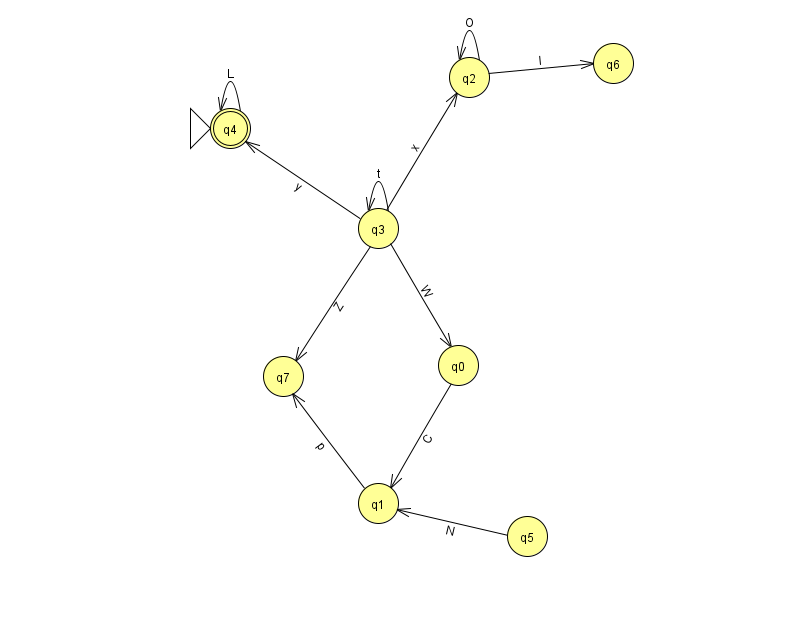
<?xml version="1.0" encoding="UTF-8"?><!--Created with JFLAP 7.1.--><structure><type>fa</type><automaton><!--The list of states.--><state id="0" name="q0"><x>458.0</x><y>352.0</y></state><state id="1" name="q1"><x>378.0</x><y>490.0</y></state><state id="2" name="q2"><x>469.0</x><y>64.0</y></state><state id="3" name="q3"><x>378.0</x><y>215.0</y></state><state id="4" name="q4"><x>230.0</x><y>115.0</y><initial/><final/></state><state id="5" name="q5"><x>527.0</x><y>523.0</y></state><state id="6" name="q6"><x>613.0</x><y>50.0</y></state><state id="7" name="q7"><x>283.0</x><y>363.0</y></state><!--The list of transitions.--><transition><from>2</from><to>6</to><read>I</read></transition><transition><from>3</from><to>0</to><read>W</read></transition><transition><from>5</from><to>1</to><read>N</read></transition><transition><from>3</from><to>3</to><read>t</read></transition><transition><from>3</from><to>7</to><read>Z</read></transition><transition><from>1</from><to>7</to><read>p</read></transition><transition><from>3</from><to>4</to><read>y</read></transition><transition><from>4</from><to>4</to><read>L</read></transition><transition><from>3</from><to>2</to><read>x</read></transition><transition><from>0</from><to>1</to><read>C</read></transition><transition><from>2</from><to>2</to><read>O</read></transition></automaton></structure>